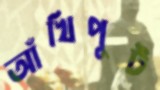
আঁখিপুট